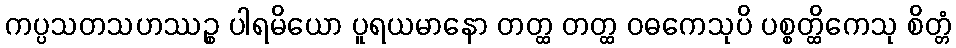
ကပ္ပသတသဟဿဉ္စ ပါရမိယော ပူရယမာနော တတ္ထ တတ္ထ ဝဓကေသုပိ ပစ္စတ္ထိကေသု စိတ္တံ